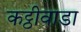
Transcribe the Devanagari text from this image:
कट्ठीवाडा